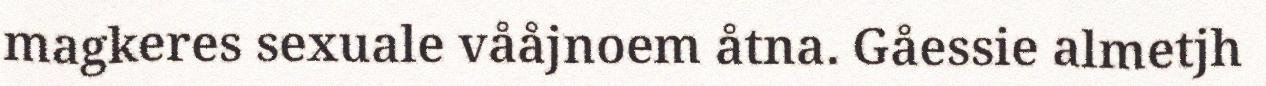
magkeres sexuale vååjnoem åtna. Gåessie almetjh